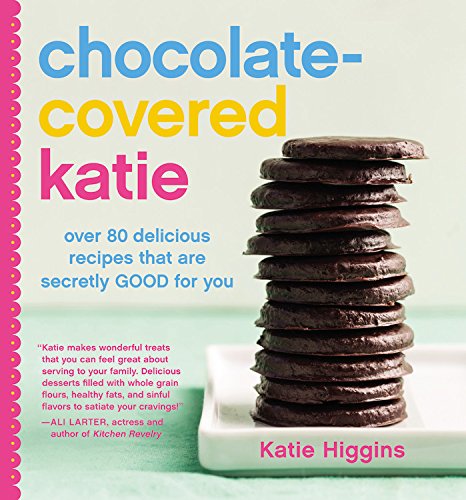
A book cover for Chocolate-Covered Katie: Over 80 Delicious Recipes That Are Secretly Good for You; Katie Higgins; Cookbooks, Food & Wine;